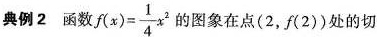
典例2函数$$f ( x ) = \frac { 1 } { 4 } x ^ { 2 }$$ 的图象在点(2，f(2))处的切